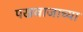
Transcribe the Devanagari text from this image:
पखवाजाच्या